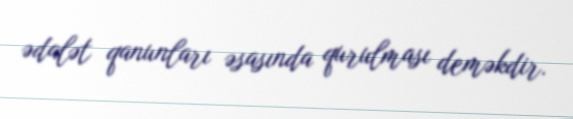
ədalət qanunları əsasında qurulması deməkdir.